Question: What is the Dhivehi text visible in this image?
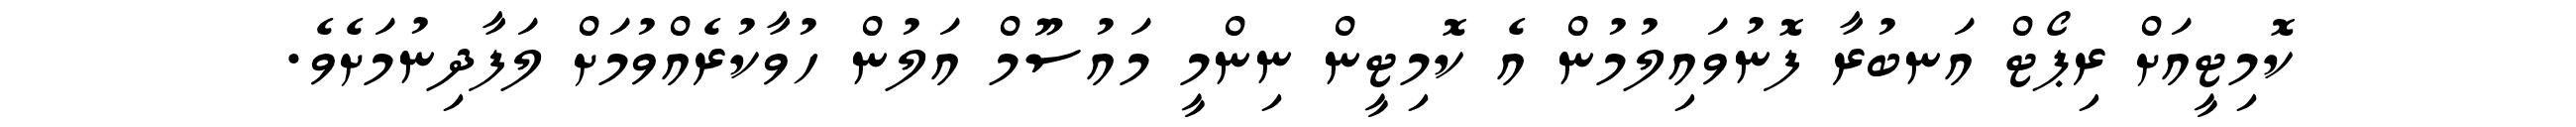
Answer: ކޮމިޓީއަށް ރިޕޯޓް އަނބުރާ ފޮނުވައިލުމުން އެ ކޮމިޓީން ނިންމީ މައުސޫމް އަލުން ހުވާކުރެއްވުމަށް ލަފާދިނުމަށެވެ.